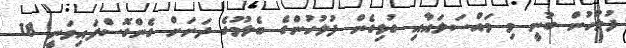
ފުލުހުން ބުނީ މި މައްސަލައާއި ގުޅިގެން ފުލުހުންގެ ބެލުމުގެ ދަށަށް ގެންގޮސްފައިވަނީ 18